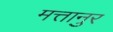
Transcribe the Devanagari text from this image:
मत्तानुर